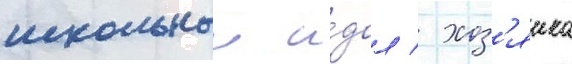
школьныи и́дол / хоз'яика